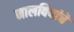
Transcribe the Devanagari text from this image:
मालवियांचे